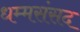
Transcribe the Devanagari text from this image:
धम्मसंसद